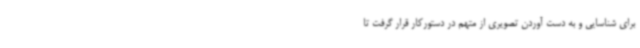
برای شناسایی و به دست آوردن تصویری از متهم در دستورکار قرار گرفت تا